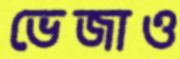
ভেজাও